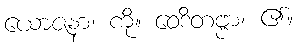
ယောဇနာ၊ ကို။ ဝေဒိတဗ္ဗာ၊ ၏။